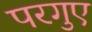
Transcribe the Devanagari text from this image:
परगुए